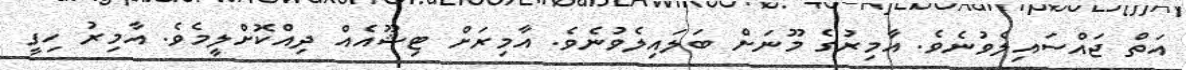
އަތް ޖައްސައިލެވުނެވެ. އާމިރުގެ މޫނަށް ބަލައިލެވުނެވެ. އާމިރަށް ޓިޝޫއެއް ދިއްކޮށްލީމެވެ. އާމިރު ހިފީ